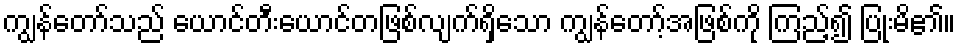
ကျွန်တော်သည် ယောင်တီးယောင်တဖြစ်လျက်ရှိသော ကျွန်တော့်အဖြစ်ကို ကြည့်၍ ပြုံးမိ၏။